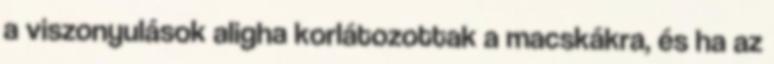
a viszonyulások aligha korlátozottak a macskákra, és ha az